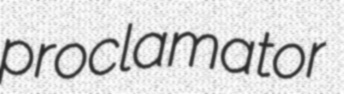
proclamator